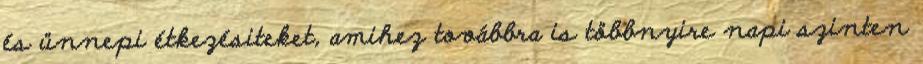
és ünnepi étkezésiteket, amihez továbbra is többnyire napi szinten